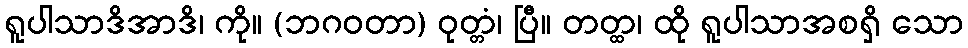
ရူပါသာဒိအာဒိ၊ ကို။ (ဘဂဝတာ) ဝုတ္တံ၊ ပြီ။ တတ္ထ၊ ထို ရူပါသာအစရှိ သော